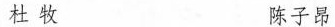
杜牧 陈子昂